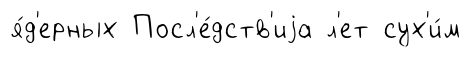
я́д'ерных Посл'е́дств'иjа л'ет сух'и́м